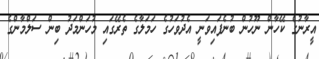
އީރާނުގެ ކޭހާން ނޫހުން ބުނެފައިވަނީ އެދުވަހުގެ ހަމަލާގެ ތެރޭގައި މުހަންމަދު ބިން ސަލްމާންގެ